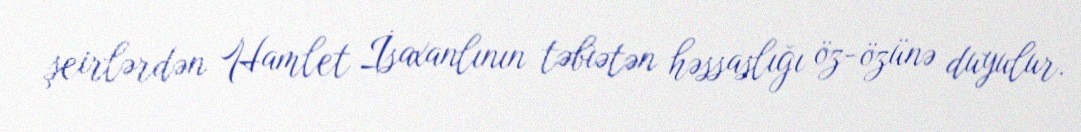
şeirlərdən Hamlet İsaxanlının təbìətən həssaslığı öz-özünə duyulur.